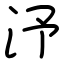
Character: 汿